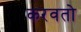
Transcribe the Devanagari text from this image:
करवतो